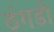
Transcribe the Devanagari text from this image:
ठंगडी